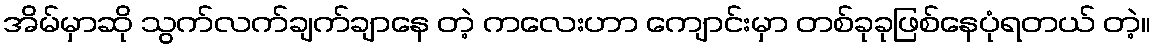
အိမ်မှာဆို သွက်လက်ချက်ချာနေ တဲ့ ကလေးဟာ ကျောင်းမှာ တစ်ခုခုဖြစ်နေပုံရတယ် တဲ့။